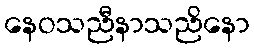
နေဝသညီနာသညိနော